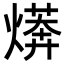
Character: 𭶄